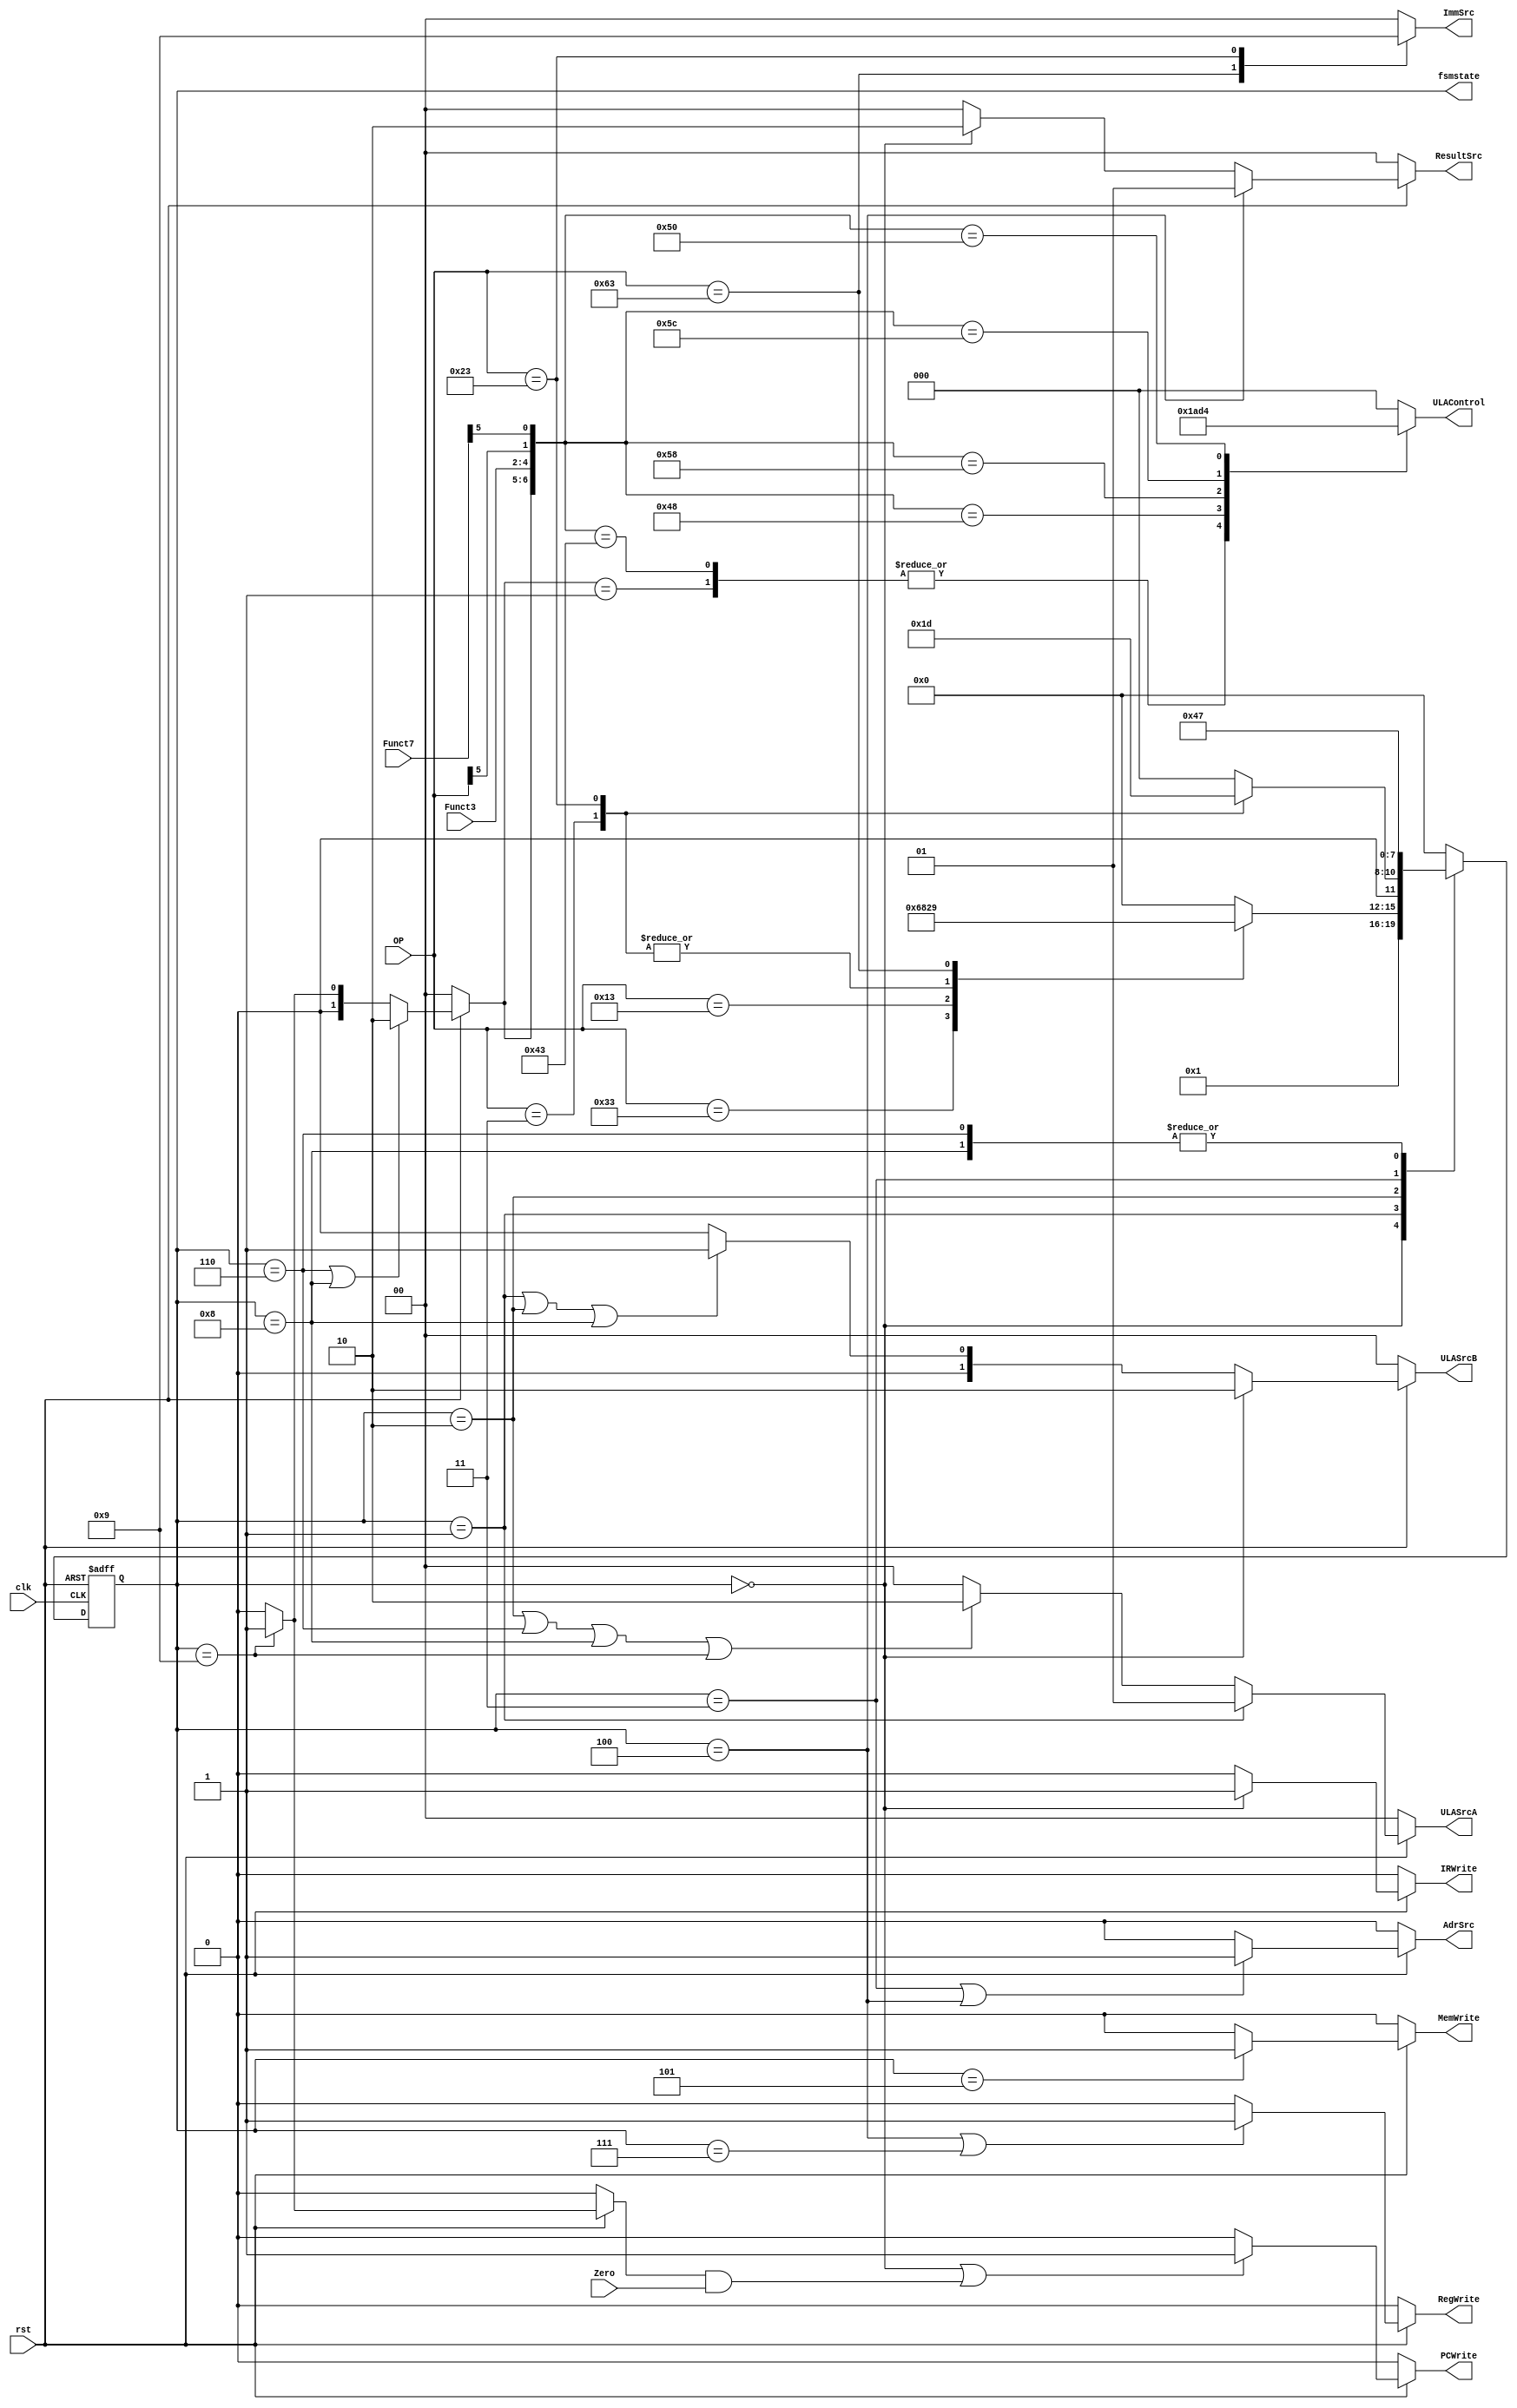
module ControlUnit(input [6:0] OP, input [2:0] Funct3, input [6:0] Funct7, input Zero, input rst, input clk, output RegWrite,
output IRWrite, output PCWrite, output AdrSrc, output [1:0] ULASrcA, output [1:0] ULASrcB, output reg [1:0] ImmSrc,
output MemWrite, output [1:0] ResultSrc, output reg [2:0] ULAControl, output reg [3:0] fsmstate);

wire [1:0] ULAOp;
wire Branch;

always @(posedge clk or negedge rst) begin
	if(!rst) begin
		fsmstate <= 4'd0;
		end
	else begin
		case (fsmstate)
			4'd0:
				fsmstate <= 4'd1;
			4'd1: begin
				case(OP)
					7'b0110011:
						fsmstate <= 4'd6;
					7'b0010011:
						fsmstate <= 4'd8;
					7'b0000011:
						fsmstate <= 4'd2;
					7'b0100011:
						fsmstate <= 4'd2;
					7'b1100011:
						fsmstate <= 4'd9;
					default:
						fsmstate <= 4'd0;
						endcase
						end
			4'd2: begin
				case(OP)
					7'b0000011:
						fsmstate <= 4'd3;
					7'b0100011:
						fsmstate <= 4'd5;
					default:
						fsmstate <= 4'd0;
						endcase
						end
			4'd3:
				fsmstate <= 4'd4;
			4'd4:
				fsmstate <= 4'd0;
			4'd5:
				fsmstate <= 4'd0;
			4'd6:
				fsmstate <= 4'd7;
			4'd7:
				fsmstate <= 4'd0;
			4'd8:
				fsmstate <= 4'd7;
			4'd9:
				fsmstate <= 4'd0;
			default:
				fsmstate <= 4'd0;
		endcase
end
end

assign Branch = (rst == 1'b0) ? 1'b0 : ((fsmstate == 4'd9) ? 1'b1 : 1'b0);
assign IRWrite = (rst == 1'b0) ? 1'b0 : ((fsmstate == 4'd0) ? 1'b1 : 1'b0);
assign PCWrite = (rst == 1'b0) ? 1'b0 : (((fsmstate == 4'd0) || (Branch & Zero)) ? 1'b1 : 1'b0);
assign AdrSrc = (rst == 1'b0) ? 1'b0 : (((fsmstate == 4'd3) || (fsmstate == 4'd4)) ? 1'b1 : 1'b0);
assign MemWrite = (rst == 1'b0) ? 1'b0 : ((fsmstate == 4'd5) ? 1'b1 : 1'b0);
assign RegWrite = (rst == 1'b0) ? 1'b0 : (((fsmstate == 4'd4) || (fsmstate == 4'd7)) ? 1'b1 : 1'b0);
assign ResultSrc = (rst == 1'b0) ? 2'b00 : ((fsmstate == 4'd4) ? 2'b01 : ((fsmstate == 4'd0) ? 2'b10 : 2'b00)); 
assign ULASrcA = (rst == 1'b0) ? 2'b00 : ((fsmstate == 4'd1) ? 2'b01 : (((fsmstate == 4'd2) || (fsmstate == 4'd6) || (fsmstate == 4'd8) || (fsmstate == 4'd9)) ? 2'b10 : 2'b00));		
assign ULASrcB = (rst == 1'b0) ? 2'b00 : ((fsmstate == 4'd0) ? 2'b10 : (((fsmstate == 4'd1) || (fsmstate == 4'd2) || (fsmstate == 4'd8)) ? 2'b01 : 2'b00));						
assign ULAOp = (rst == 1'b0) ? 2'b00 : (((fsmstate == 4'd6) || (fsmstate == 4'd8)) ? 2'b10 : ((fsmstate == 4'd9) ? 2'b01 : 2'b00)); 

always@(*) begin
	case(OP)
		7'b1100011:
			ImmSrc <= 2'b10;
		7'b0100011:
			ImmSrc <= 2'b01;
		default:
			ImmSrc <= 2'b00;
		endcase
	casez({ULAOp, Funct3, OP[5], Funct7[5]})
		7'b00_zzz_zz:
			ULAControl <= 3'b000;
		7'b01_zzz_zz:
			ULAControl <= 3'b001;
		7'b10_000_11:
			ULAControl <= 3'b001;
		7'b10_010_00:
			ULAControl <= 3'b101;
		7'b10_110_00:
			ULAControl <= 3'b011;
		7'b10_111_00:
			ULAControl <= 3'b010;
		7'b10_100_00:
			ULAControl <= 3'b100;
		7'b10_000_0z:
			ULAControl <= 3'b000;
		default:
			ULAControl <= 3'b000;
	endcase
end
endmodule